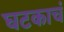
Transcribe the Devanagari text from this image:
घटकाचं